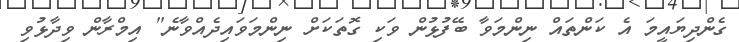
ގެންދިޔައީމަ އެ ކަންތައް ނިންމަވާ ބޭފުޅުން ވަކި ގޮތަކަށް ނިންމަވައިދެއްވާނެ" އިމްރާން ވިދާޅުވި